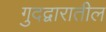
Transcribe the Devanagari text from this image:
गुदद्वारातील